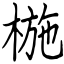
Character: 椸